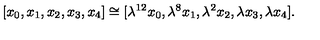
[ x _ { 0 } , x _ { 1 } , x _ { 2 } , x _ { 3 } , x _ { 4 } ] \cong [ \lambda ^ { 1 2 } x _ { 0 } , \lambda ^ { 8 } x _ { 1 } , \lambda ^ { 2 } x _ { 2 } , \lambda x _ { 3 } , \lambda x _ { 4 } ] .